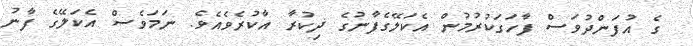
ގެ އުފަންދުވަސް ފާހަގަކުރުމުން އެކަލޭގެފާނުގެ ޛިކުރާ އާކުރެވެއެވެ. ނަމަވެސް އެކަލޭގެ ފާނު